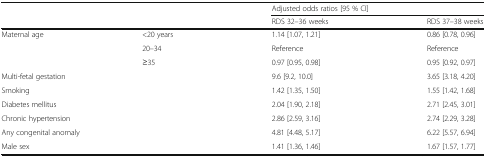
<table><thead><tr><td rowspan="2" colspan="2"></td><td colspan="2"><b>Adjusted odds ratios [95 % CI]</b></td></tr><tr><td><b>RDS 32–36 weeks</b></td><td><b>RDS 37–38 weeks</b></td></tr></thead><tbody><tr><td rowspan="3">Maternal age</td><td>&lt;20 years</td><td>1.14 [1.07, 1.21]</td><td>0.86 [0.78, 0.96]</td></tr><tr><td>20–34</td><td>Reference</td><td>Reference</td></tr><tr><td>≥35</td><td>0.97 [0.95, 0.98]</td><td>0.95 [0.92, 0.97]</td></tr><tr><td colspan="2">Multi-fetal gestation</td><td>9.6 [9.2, 10.0]</td><td>3.65 [3.18, 4.20]</td></tr><tr><td colspan="2">Smoking</td><td>1.42 [1.35, 1.50]</td><td>1.55 [1.42, 1.68]</td></tr><tr><td colspan="2">Diabetes mellitus</td><td>2.04 [1.90, 2.18]</td><td>2.71 [2.45, 3.01]</td></tr><tr><td colspan="2">Chronic hypertension</td><td>2.86 [2.59, 3.16]</td><td>2.74 [2.29, 3.28]</td></tr><tr><td colspan="2">Any congenital anomaly</td><td>4.81 [4.48, 5.17]</td><td>6.22 [5.57, 6.94]</td></tr><tr><td colspan="2">Male sex</td><td>1.41 [1.36, 1.46]</td><td>1.67 [1.57, 1.77]</td></tr></tbody></table>